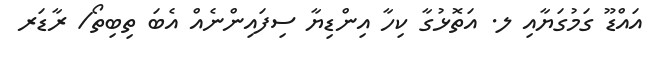
އައްޑޫ ގަމުގަޔާއި ލ. އަތޮޅުގާ ކިހާ އިންޑިޔާ ސިފައިންނެއް އެބަ ތިބިތޯ/ ރާޑަރ